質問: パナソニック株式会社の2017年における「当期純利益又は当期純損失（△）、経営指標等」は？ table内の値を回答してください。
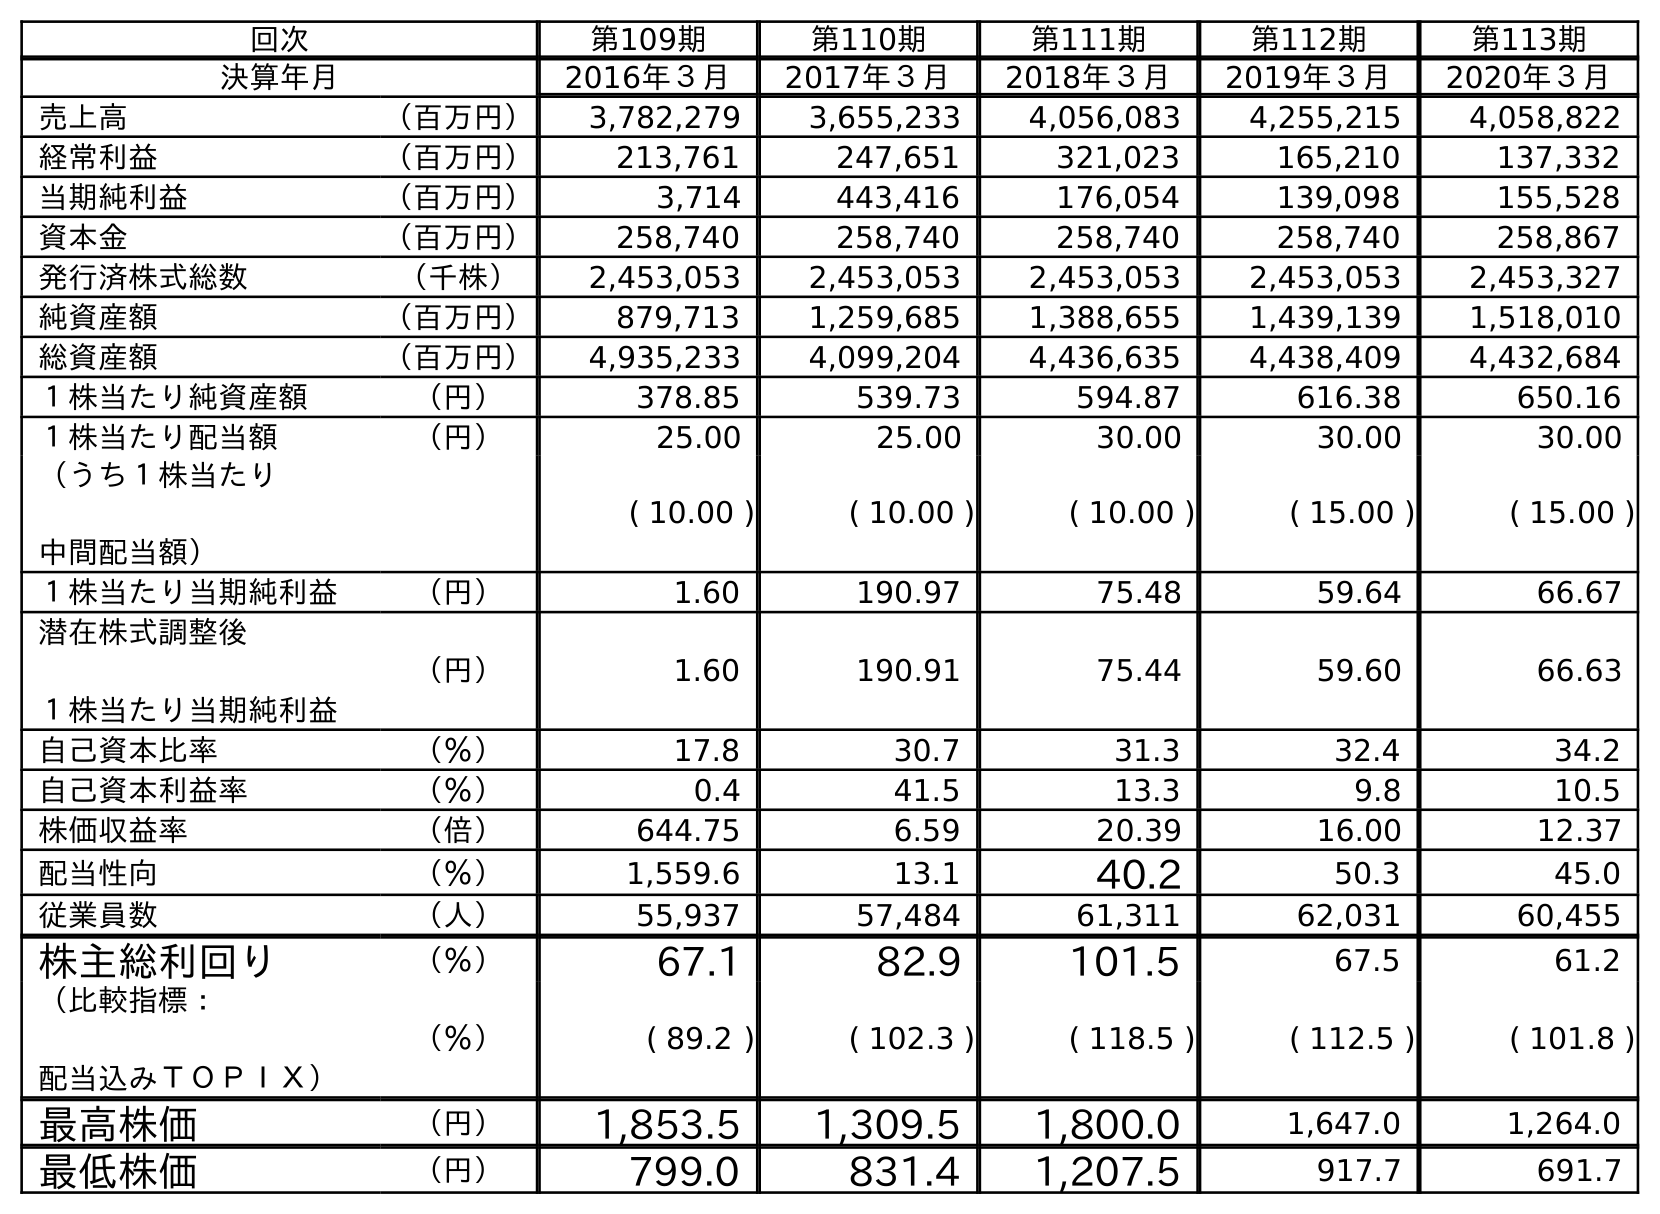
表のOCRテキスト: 回次 第109期 第110期 第111期 第112期 第113期 決算年月 2016年３月 2017年３月 2018年３月 2019年３月 2020年３月 売上高 （百万円） 3,782,279 3,655,233 4,056,083 4,255,215 4,058,822 経常利益 （百万円） 213,761 247,651 321,023 165,210 137,332 当期純利益 （百万円） 3,714 443,416 176,054 139,098 155,528 資本金 （百万円） 258,740 258,740 258,740 258,740 258,867 発行済株式総数 （千株） 2,453,053 2,453,053 2,453,053 2,453,053 2,453,327 純資産額 （百万円） 879,713 1,259,685 1,388,655 1,439,139 1,518,010 総資産額 （百万円） 4,935,233 4,099,204 4,436,635 4,438,409 4,432,684 １株当たり純資産額 （円） 378.85 539.73 594.87 616.38 650.16 １株当たり配当額 （円） 25.00 25.00 30.00 30.00 30.00 （うち１株当たり 中間配当額） ( 10.00 ) ( 10.00 ) ( 10.00 ) ( 15.00 ) ( 15.00 ) １株当たり当期純利益 （円） 1.60 190.97 75.48 59.64 66.67 潜在株式調整後 １株当たり当期純利益 （円） 1.60 190.91 75.44 59.60 66.63 自己資本比率 （％） 17.8 30.7 31.3 32.4 34.2 自己資本利益率 （％） 0.4 41.5 13.3 9.8 10.5 株価収益率 （倍） 644.75 6.59 20.39 16.00 12.37 配当性向 （％） 1,559.6 13.1 40.2 50.3 45.0 従業員数 （人） 55,937 57,484 61,311 62,031 60,455 株主総利回り （％） 67.1 82.9 101.5 67.5 61.2 （比較指標： 配当込みＴＯＰＩＸ） （％） ( 89.2 ) ( 102.3 ) ( 118.5 ) ( 112.5 ) ( 101.8 ) 最高株価 （円） 1,853.5 1,309.5 1,800.0 1,647.0 1,264.0 最低株価 （円） 799.0 831.4 1,207.5 917.7 691.7
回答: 443,416